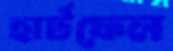
হার্টফেল